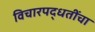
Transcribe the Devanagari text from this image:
विचारपद्धतींचा